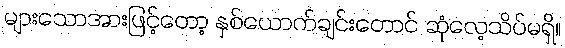
များသောအားဖြင့်တော့ နှစ်ယောက်ချင်းတောင် ဆုံလေ့သိပ်မရှိ။